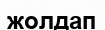
жолдап